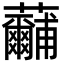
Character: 𮓕